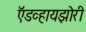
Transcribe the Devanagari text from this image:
ऍडव्हायझोरी